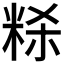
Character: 𰪻